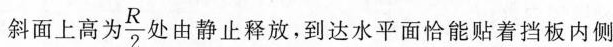
斜面上高为 $$\frac{R}{2}$$ 处由静止释放，到达水平面恰能贴着挡板内侧